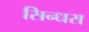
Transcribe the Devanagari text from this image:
सिन्धरा